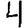
Digit: 4